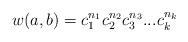
LaTeX: \begin{align*}w(a,b)=c_1^{n_1}c_2^{n_2}c_3^{n_3}...c_k^{n_k}\end{align*}